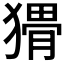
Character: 𱮚